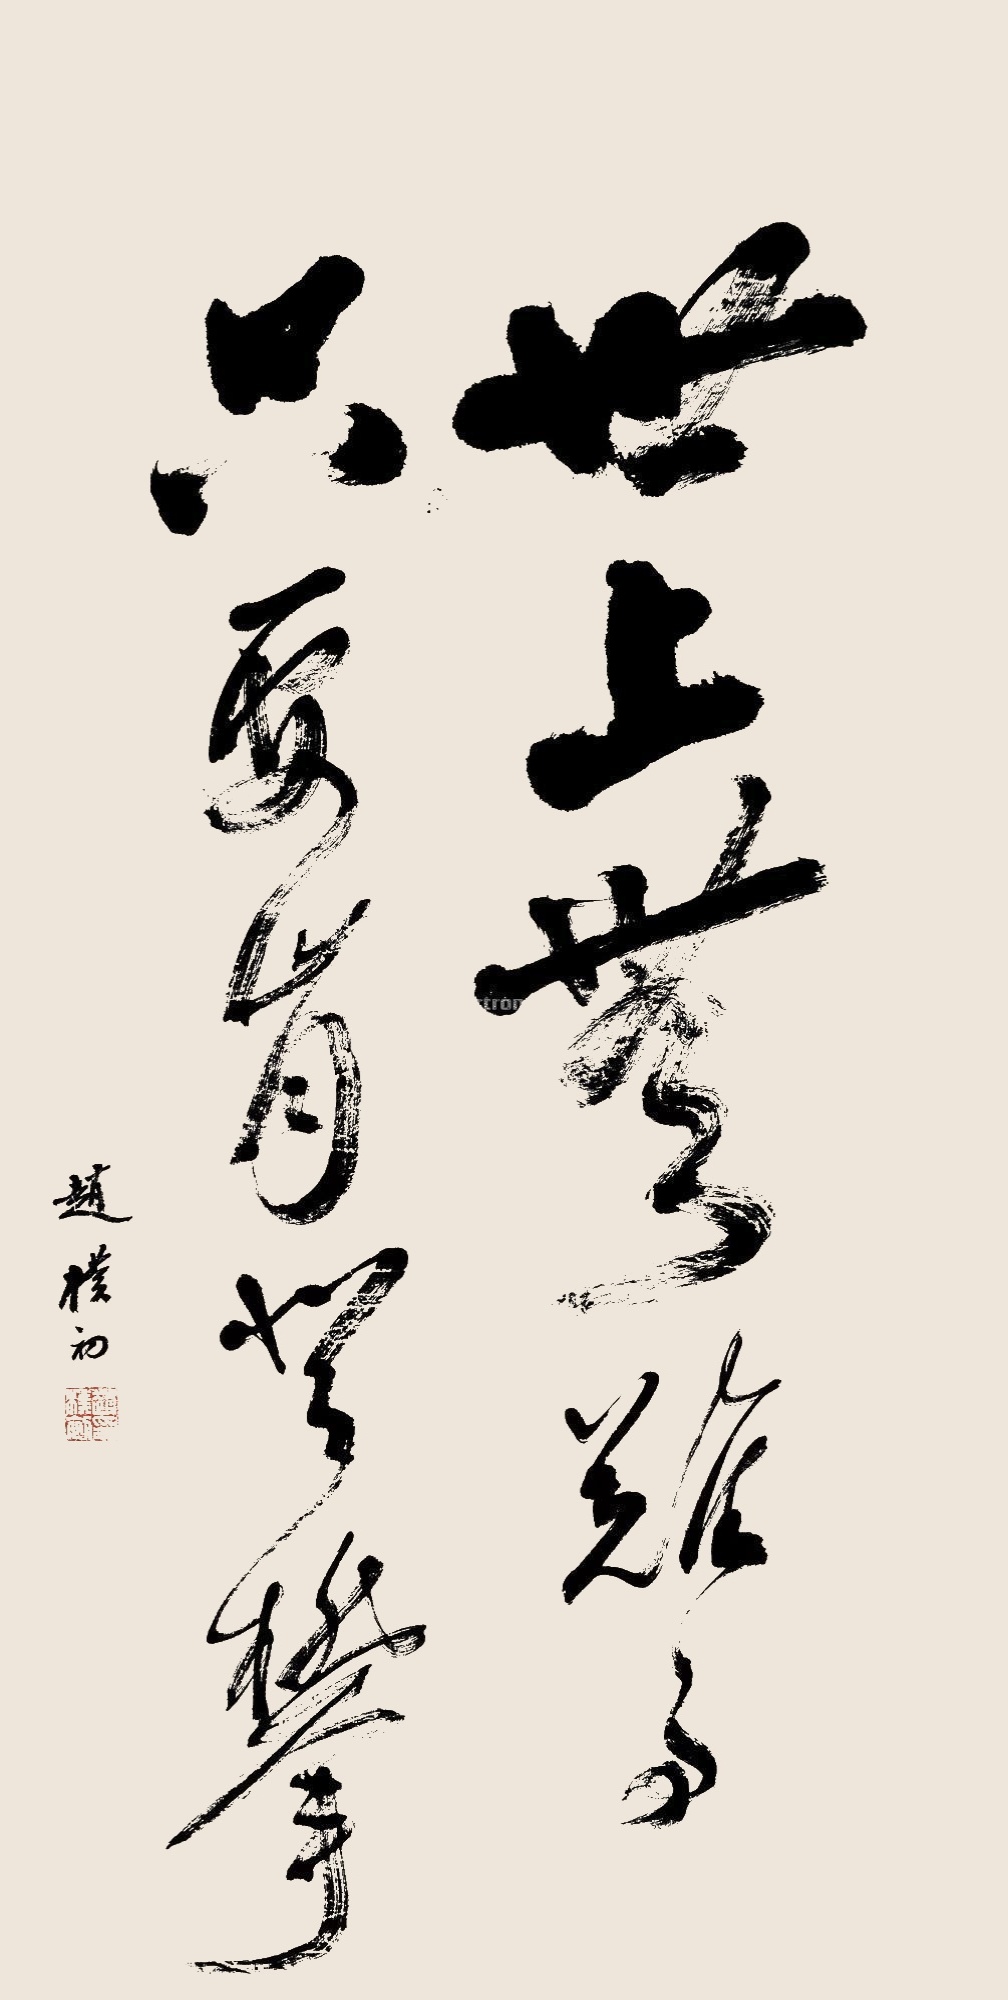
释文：世上无难事，只要肯登攀。赵朴初印